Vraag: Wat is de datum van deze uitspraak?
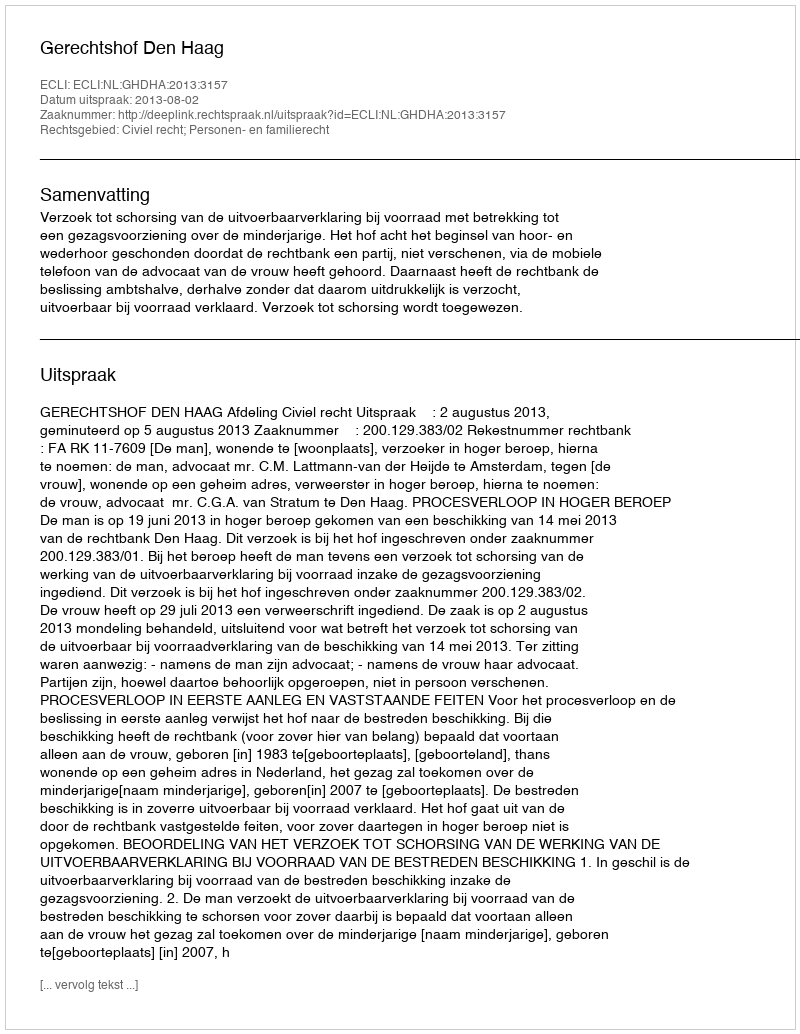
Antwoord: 2013-08-02